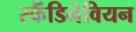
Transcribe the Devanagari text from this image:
स्कैँडिनेवियन